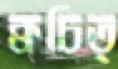
ক্বচিত্